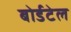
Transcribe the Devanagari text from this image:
बोर्डटेल